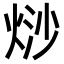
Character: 𭴲